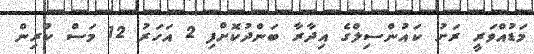
މަޑުއްވަރީ ރަށު ކައުންސިލްގެ އިދާރާ ބަންދުކޮށްފި 2 އަހަރު 12 މަސް ކުރިން